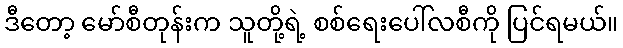
ဒီတော့ မော်စီတုန်းက သူတို့ရဲ့ စစ်ရေးပေါ်လစီကို ပြင်ရမယ်။